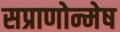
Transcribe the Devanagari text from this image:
सप्राणोन्मेष